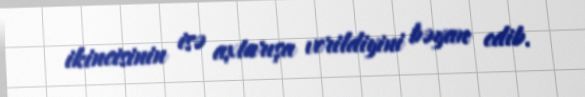
ikincisinin isə axtarışa verildiyini bəyan edib.